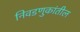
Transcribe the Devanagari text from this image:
निवडणुकांतील